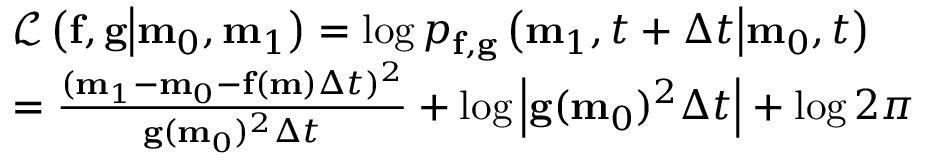
\begin{array} { r l r l } & { \mathcal { L } \left( \mathbf { f } , \mathbf { g } \middle | \mathbf { m } _ { 0 } , \mathbf { m } _ { 1 } \right) = \log p _ { \mathbf { f } , \mathbf { g } } \left( \mathbf { m } _ { 1 } , t + \Delta t \middle | \mathbf { m } _ { 0 } , t \right) } & & { } \\ & { = \frac { ( \mathbf { m } _ { 1 } - \mathbf { m } _ { 0 } - \mathbf { f } ( \mathbf { m } ) \Delta t ) ^ { 2 } } { \mathbf { g } ( \mathbf { m } _ { 0 } ) ^ { 2 } \Delta t } + \log \left| \mathbf { g } ( \mathbf { m } _ { 0 } ) ^ { 2 } \Delta t \right| + \log 2 \pi } \end{array}